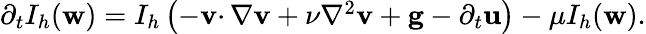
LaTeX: \begin{array}{r}{\partial_{t}I_{h}(\mathbf{w})=I_{h}\left(-\mathbf{v}\cdotp\nabla\mathbf{v}+\nu\nabla^{2}\mathbf{v}+\mathbf{g}-\partial_{t}\mathbf{u}\right)-\mu I_{h}(\mathbf{w}).}\end{array}